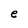
Character: e